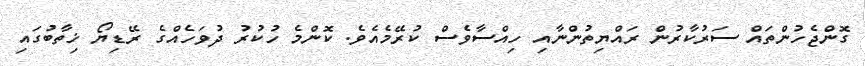
ގޮންޖެހުންތައް ސަރުކާރުން ރައްޔިތުންނާއި ހިއްސާވެސް ކުރޭމެއެވެ. ކޮންމެ ހުކުރު ދުވަހެއްގެ ރޭޑިޔޯ ޚިތާބުގައި